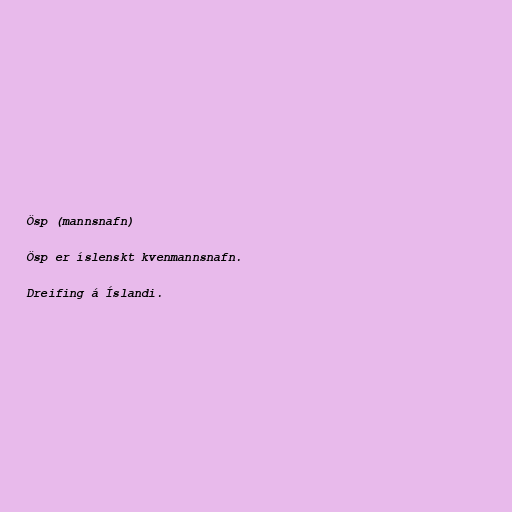
Ösp (mannsnafn)

Ösp er íslenskt kvenmannsnafn.

Dreifing á Íslandi.